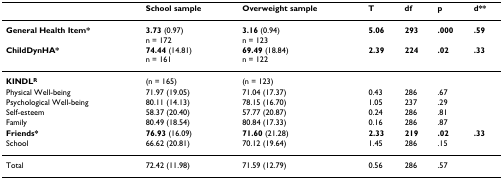
<table><thead><tr><td></td><td><b>School sample</b></td><td><b>Overweight sample</b></td><td><b>T</b></td><td><b>df</b></td><td><b>p</b></td><td><b>d**</b></td></tr></thead><tbody><tr><td><b>General Health Item*</b></td><td><b>3.73 </b>(0.97)n = 172</td><td><b>3.16 </b>(0.94)n = 123</td><td><b>5.06</b></td><td><b>293</b></td><td><b>.000</b></td><td><b>.59</b></td></tr><tr><td><b>ChildDynHA*</b></td><td><b>74.44 </b>(14.81)n = 161</td><td><b>69.49 </b>(18.84)n = 122</td><td><b>2.39</b></td><td><b>224</b></td><td><b>.02</b></td><td><b>.33</b></td></tr><tr><td><b>KINDL<sup>R</sup></b></td><td>(n = 165)</td><td>(n = 123)</td><td></td><td></td><td></td><td></td></tr><tr><td>Physical Well-being</td><td>71.97 (19.05)</td><td>71.04 (17.37)</td><td>0.43</td><td>286</td><td>.67</td><td></td></tr><tr><td>Psychological Well-being</td><td>80.11 (14.13)</td><td>78.15 (16.70)</td><td>1.05</td><td>237</td><td>.29</td><td></td></tr><tr><td>Self-esteem</td><td>58.37 (20.40)</td><td>57.77 (20.87)</td><td>0.24</td><td>286</td><td>.81</td><td></td></tr><tr><td>Family</td><td>80.49 (18.54)</td><td>80.84 (17.33)</td><td>0.16</td><td>286</td><td>.87</td><td></td></tr><tr><td><b>Friends*</b></td><td><b>76.93 </b>(16.09)</td><td><b>71.60 </b>(21.28)</td><td><b>2.33</b></td><td><b>219</b></td><td><b>.02</b></td><td><b>.33</b></td></tr><tr><td>School</td><td>66.62 (20.81)</td><td>70.12 (19.64)</td><td>1.45</td><td>286</td><td>.15</td><td></td></tr><tr><td>Total</td><td>72.42 (11.98)</td><td>71.59 (12.79)</td><td>0.56</td><td>286</td><td>.57</td><td></td></tr></tbody></table>